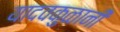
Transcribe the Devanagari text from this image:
यादवकुळानी